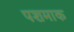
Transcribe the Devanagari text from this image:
पशमाक